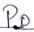
Text: P0